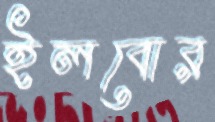
ইলবোর